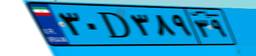
۸۳D۶۶۱۹۹